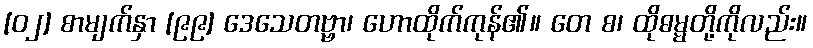
[၀၂] စာမျက်နှာ [၉၉] ဒေသေတဗ္ဗာ၊ ဟောထိုက်ကုန်၏။ တေ စ၊ ထိုဓမ္မတို့ကိုလည်း။